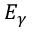
E _ { \gamma }